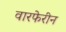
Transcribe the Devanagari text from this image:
वारफेरीन